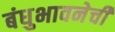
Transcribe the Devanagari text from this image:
बंधुभावनेची